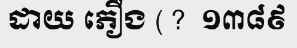
ដាយ ភឿង ( ?  ១៣៨៩